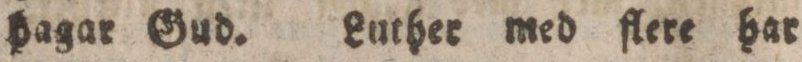
hagar Gud. Luther med flere har